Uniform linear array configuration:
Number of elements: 16
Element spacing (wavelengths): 0.25
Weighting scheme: hann
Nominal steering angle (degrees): -60
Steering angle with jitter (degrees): -59.627
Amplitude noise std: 0.05
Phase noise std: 0.05

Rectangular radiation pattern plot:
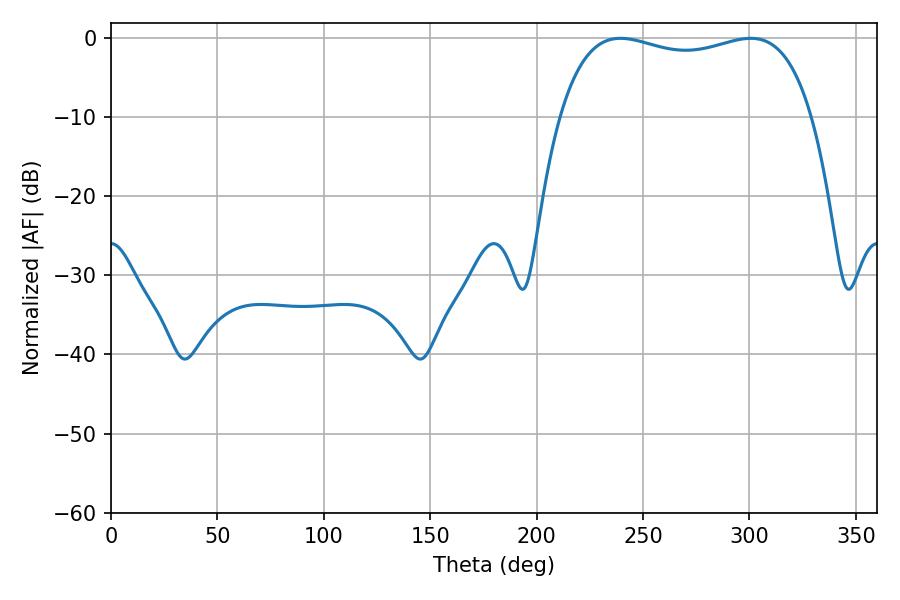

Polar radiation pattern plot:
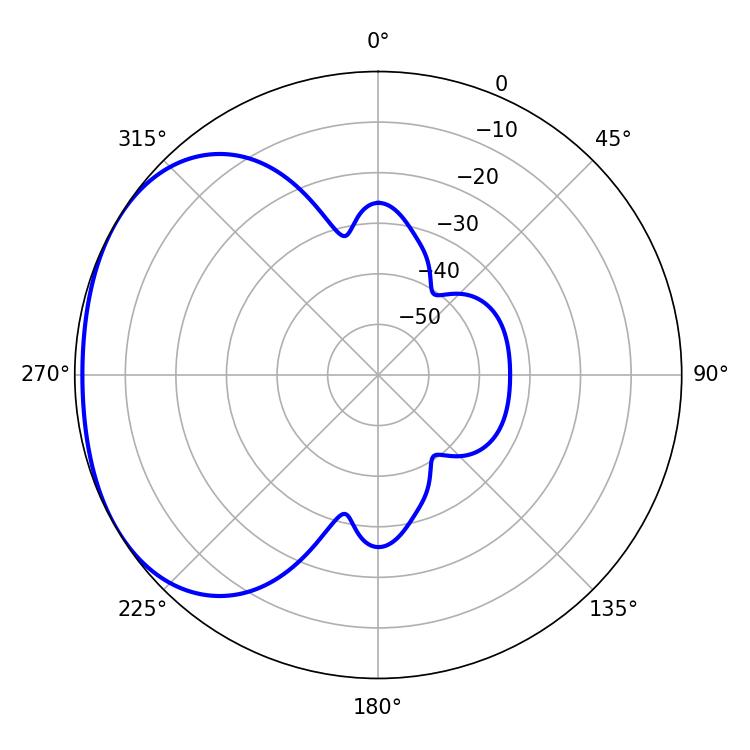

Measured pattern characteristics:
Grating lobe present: FALSE
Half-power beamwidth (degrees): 96.48
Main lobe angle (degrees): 239.4